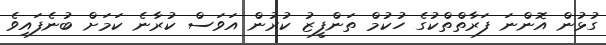
ގުޅުން އޮންނަ ފަރާތްތްކުގެ ހުކުމް ތަންފީޒު ކުރުން އަވަސް ކުރާނެ ކަމަށް ބުނެފައިވެ